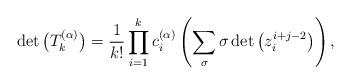
LaTeX: \begin{gather*}\det\big(T^{(\alpha)}_{k}\big)=\frac1{k!}\prod_{i=1}^{k}c^{(\alpha)}_{i}\left(\sum_{\sigma}\sigma\det \big(z_{i}^{i+j-2}\big)\right),\end{gather*}